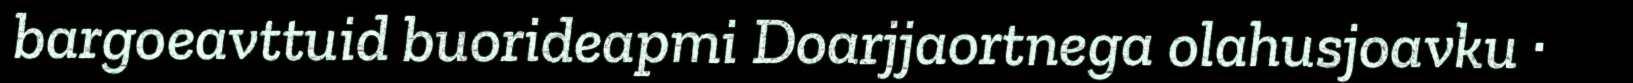
bargoeavttuid buorideapmi Doarjjaortnega olahusjoavku ·